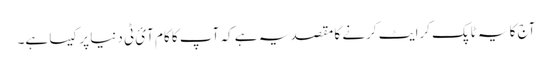
آج کا یہ ٹاپک کرایٹ کرنے کا مقصد یہ ہے کہ آپ کا کام آئ ٹی دنیا پر کیسا ہے۔